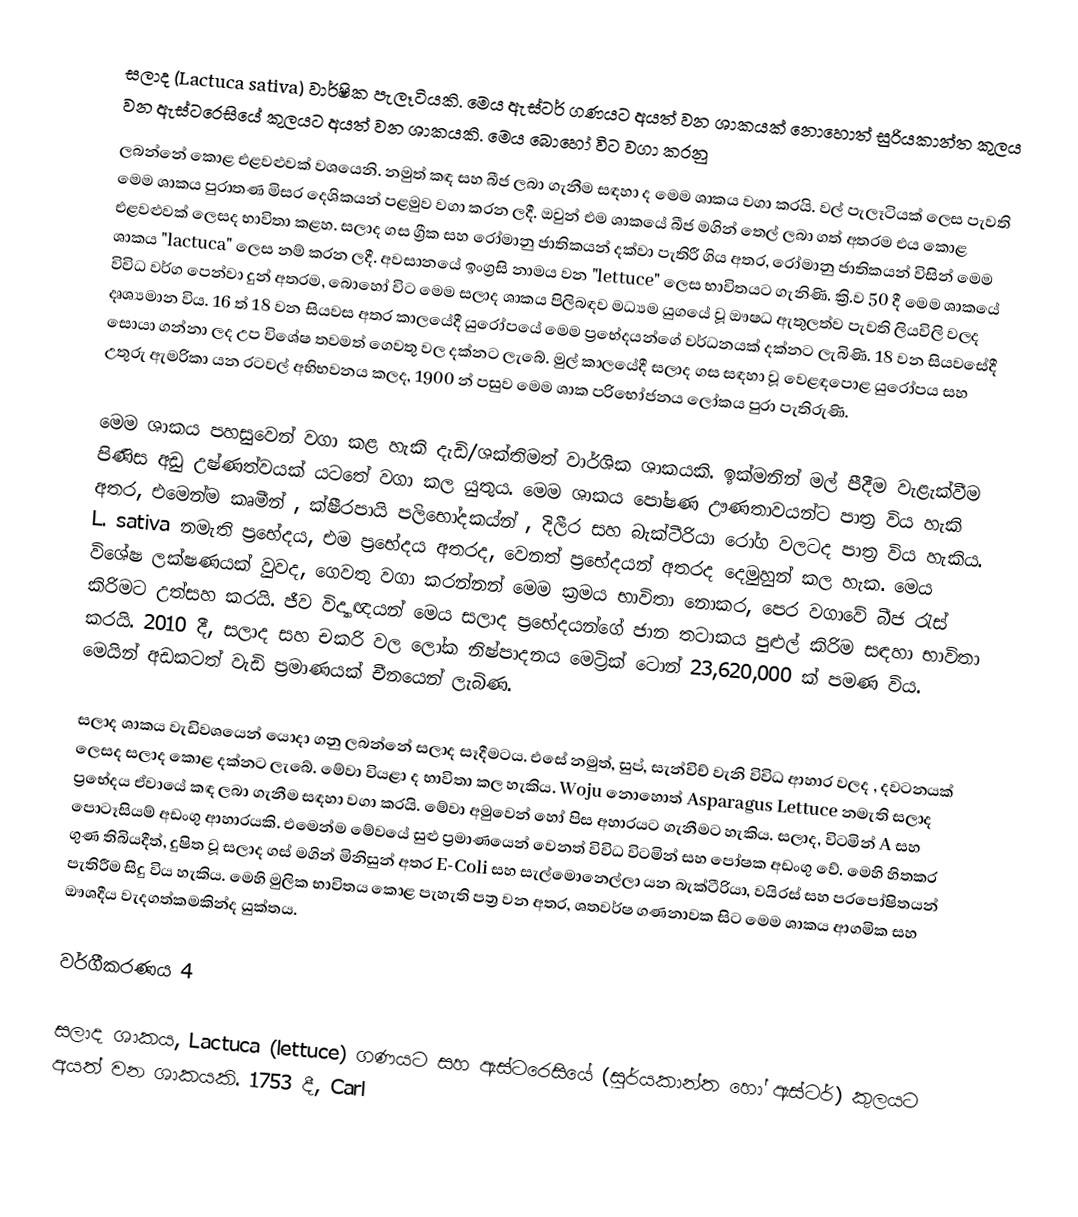
සලාද (Lactuca sativa) වාර්ෂික පැලෑටියකි. මෙය ඇස්ටර් ගණයට අයත් වන ශාකයක් නොහොත් සුරියකාන්ත කුලය වන ඇස්ටරෙසියේ කුලයට අයත් වන ශාකයකි. මෙය බොහෝ විට වගා කරනු
ලබන්නේ කොළ එළවළුවක් වශයෙනි. නමුත් කඳ සහ බීජ ලබා ගැනීම සඳහා ද මෙම ශාකය වගා කරයි. වල් පැලෑටියක් ලෙස පැවති මෙම ශාකය පුරාතණ මිසර දෙශිකයන් පළමුව වගා කරන ලදී. ඔවුන් එම ශාකයේ බීජ මගින් තෙල් ලබා ගත් අතරම එය කොළ එළවළුවක් ලෙසද භාවිතා කළහ. සලාද ගස ග්‍රීක සහ රෝමානු ජාතිකයන් දක්වා පැතිරී ගිය අතර, රෝමානු ජාතිකයන් විසින් මෙම ශාකය "lactuca" ලෙස නම් කරන ලදී. අවසානයේ ඉංග්‍රසි නාමය වන "lettuce" ලෙස භාවිතයට ගැනිණි. ක්‍රි.ව 50 දී මෙම ශාකයේ විවිධ වර්ග පෙන්වා දුන් අතරම, බොහෝ විට මෙම සලාද ශාකය පිලිබඳව මධ්‍යම යුගයේ වූ ඖෂධ ඇතුලත්ව පැවති ලියවිලි වලද දෘශ්‍යමාන විය. 16 ත් 18 වන සියවස අතර කාලයේදී යුරෝපයේ මෙම ප්‍රභේදයන්ගේ වර්ධනයක් දක්නට ලැබිණි. 18 වන සියවසේදී සොයා ගන්නා ලද උප විශේෂ තවමත් ගෙවතු වල දක්නට ලැබේ. මුල් කාලයේදී සලාද ගස සඳහා වූ වෙළඳපොළ යුරෝපය සහ උතුරු ඇමරිකා යන රටවල් අභිභවනය කලද, 1900 න් පසුව මෙම ශාක පරිභෝජනය ලෝකය පුරා පැතිරුණි.

මෙම ශාකය පහසුවෙන් වගා කළ හැකි දැඩි/ශක්තිමත් වාර්ශික ශාකයකි. ඉක්මනින් මල් පීදීම වැළැක්වීම පිණිස අඩු උෂ්ණත්වයක් යටතේ වගා කල යුතුය. මෙම ශාකය පෝෂණ ඌණතාවයන්ට පාත්‍ර විය හැකි අතර, එමෙන්ම කෘමීන් , ක්ෂීරපායි පලිභෝදකය්න් , දිලීර සහ බැක්ටීරියා රෝග වලටද පාත්‍ර විය හැකිය. L. sativa නමැති ප්‍රභේදය, එම ප්‍රභේදය අතරද, වෙනත් ප්‍රභේදයන් අතරද දෙමුහුන් කල හැක. මෙය විශේෂ ලක්ෂණයක් වුවද, ගෙවතු වගා කරන්නන් මෙම ක්‍රමය භාවිතා නොකර, පෙර වගාවේ බීජ රැස් කිරිමට උත්සහ කරයි. ජීව විද්‍යාඥයන් මෙය සලාද ප්‍රභේදයන්ගේ ජාන තටාකය පුළුල් කිරිම සඳහා භාවිතා කරයි. 2010 දී, සලාද සහ  චකරි වල ලෝක නිෂ්පාදනය මෙට්‍රික් ටොන් 23,620,000 ක් පමණ විය. මෙයින් අඩකටත් වැඩි ප්‍රමාණයක් චීනයෙන් ලැබිණ.

සලාද ශාකය වැඩිවශයෙන් යොදා ගනු ලබන්නේ සලාද සෑදීමටය. එසේ නමුත්, සුප්, සැන්විච් වැනි විවිධ ආහාර වලද , දවටනයක් ලෙසද සලාද කොළ දක්නට ලැබේ. මේවා වියළා ද භාවිතා කල හැකිය. Woju නොහොත් Asparagus Lettuce නමැති සලාද ප්‍රභේදය ඒවායේ කඳ ලබා ගැනීම සඳහා වගා කරයි. මේවා අමුවෙන් හෝ පිස අහාරයට ගැනීමට හැකිය. සලාද, විටමින් A සහ  පොටෑසියම් අඩංගු ආහාරයකි. එමෙන්ම මේවයේ සුළු ප්‍රමාණයෙන් වෙනත් විවිධ විටමින් සහ පෝෂක අඩංගු වේ. මෙහි හිතකර ගුණ තිබියදීත්, දුෂිත වූ සලාද ගස් මගින් මිනිසුන් අතර E-Coli සහ සැල්මොනෙල්ලා යන බැක්ටීරියා, වයිරස් සහ පරපෝෂිතයන් පැතිරීම සිදු විය හැකිය. මෙහි මුලික භාවිතය කොළ පැහැති පත්‍ර වන අතර, ශතවර්ෂ ගණනාවක සිට මෙම ශාකය ආගමික සහ ඖශදීය වැදගත්කමකින්ද යුක්තය.

වර්ගීකරණය 4

සලාද ශාකය, Lactuca (lettuce) ගණයට සහ ඇස්ටරෙසියේ (සූර්යකාන්ත හෝ ඇස්ටර්) කුලයට අයත් වන ශාකයකි. 1753 දී, Carl